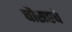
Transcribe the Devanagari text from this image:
चौसष्टचे